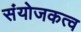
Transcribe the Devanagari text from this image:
संयोजकत्व